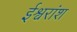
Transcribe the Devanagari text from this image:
ईश्वरांश